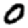
Digit: 0